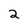
Character: 2